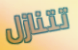
تتنازل